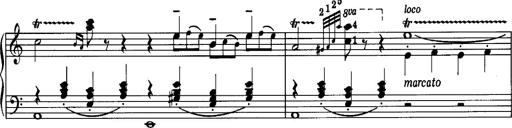
Title: La romanesca
Composer: Franz Liszt